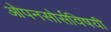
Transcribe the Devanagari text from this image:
ओपनसोर्सविषयी